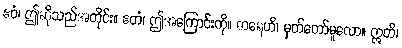
ဧဝံ၊ ဤဆိုသည်အတိုင်း။ ဧတံ၊ ဤအကြောင်းကို။ ဓာရေဟိ၊ မှတ်တော်မူလော။ ဣတိ၊